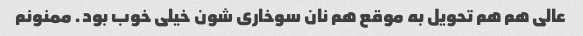
عالی هم هم تحویل به موقع هم نان سوخاری شون خیلی خوب بود. ممنونم